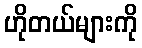
ဟိုတယ်များကို